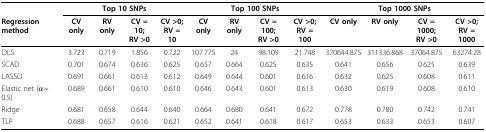
<table><thead><tr><td></td><td colspan="4"><b>Top 10 SNPs</b></td><td colspan="4"><b>Top 100 SNPs</b></td><td colspan="4"><b>Top 1000 SNPs</b></td></tr><tr><td><b>Regressionmethod</b></td><td><b>CV only</b></td><td><b>RV only</b></td><td><b>CV = 10;RV &gt;0</b></td><td><b>CV &gt;0;RV = 10</b></td><td><b>CV only</b></td><td><b>RV only</b></td><td><b>CV = 100;RV &gt;0</b></td><td><b>CV &gt;0;RV = 100</b></td><td><b>CV only</b></td><td><b>RV only</b></td><td><b>CV = 1000;RV &gt;0</b></td><td><b>CV &gt;0;RV = 1000</b></td></tr></thead><tbody><tr><td>OLS</td><td>3.723</td><td>0.719</td><td>1.856</td><td>0.722</td><td>107.775</td><td>24</td><td>98.109</td><td>21.748</td><td>370644.875</td><td>311336.868</td><td>37064.875</td><td>63274.28</td></tr><tr><td>SCAD</td><td>0.701</td><td>0.674</td><td>0.636</td><td>0.625</td><td>0.657</td><td>0.664</td><td>0.625</td><td>0.635</td><td>0.641</td><td>0.656</td><td>0.625</td><td>0.639</td></tr><tr><td>LASSO</td><td>0.691</td><td>0.661</td><td>0.613</td><td>0.612</td><td>0.649</td><td>0.644</td><td>0.601</td><td>0.616</td><td>0.632</td><td>0.625</td><td>0.608</td><td>0.611</td></tr><tr><td>Elastic net (α= 0.5)</td><td>0.689</td><td>0.661</td><td>0.610</td><td>0.610</td><td>0.646</td><td>0.643</td><td>0.601</td><td>0.613</td><td>0.630</td><td>0.619</td><td>0.608</td><td>0.610</td></tr><tr><td>Ridge</td><td>0.681</td><td>0.658</td><td>0.644</td><td>0.640</td><td>0.664</td><td>0.680</td><td>0.641</td><td>0.672</td><td>0.778</td><td>0.780</td><td>0.742</td><td>0.741</td></tr><tr><td>TLP</td><td>0.688</td><td>0.657</td><td>0.616</td><td>0.621</td><td>0.652</td><td>0.641</td><td>0.618</td><td>0.617</td><td>0.653</td><td>0.633</td><td>0.653</td><td>0.607</td></tr></tbody></table>